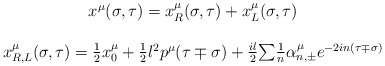
\begin{align*}\begin{array}{c}x^\mu (\sigma ,\tau )=x_R^\mu (\sigma ,\tau )+x_L^\mu (\sigma ,\tau ) \\ \\ x_{R,L}^\mu (\sigma ,\tau )=\frac 12x_0^\mu +\frac 12l^2p^\mu (\tau \mp\sigma )+\frac{il}2{\sum }\frac 1n\alpha _{n,\pm }^\mu e^{-2in(\tau \mp\sigma )} \end{array}\end{align*}